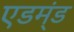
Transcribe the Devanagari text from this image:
एडम्ंड